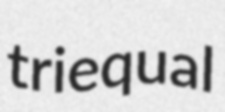
triequal